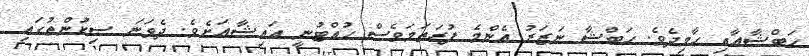
ހަބްޝާއާއި ހާމިދެވެ. ހަބްޝާ ނަޒަރު އެންމެ ފުރަތަމަވެސް ހުއްޓުނީ އައިޝާއަށެވެ. ދެވަނަ ސިކުންތުގައި